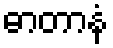
ဓာတာနံ